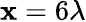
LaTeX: \mathbf{x}=6\lambda